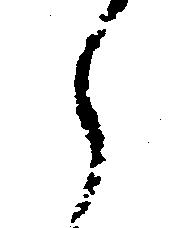
え